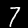
Digit: 7